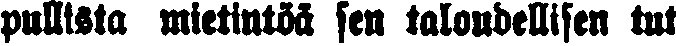
pullista mietintöä sen taloudellisen tut